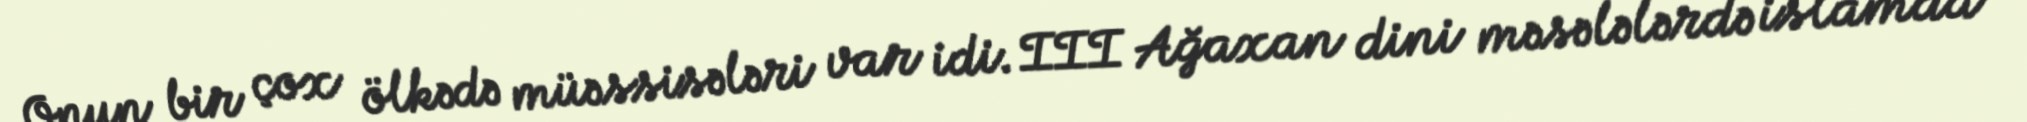
Onun bir çox ölkədə müəssisələri var idi. III Ağaxan dini məsələlərdə islamda